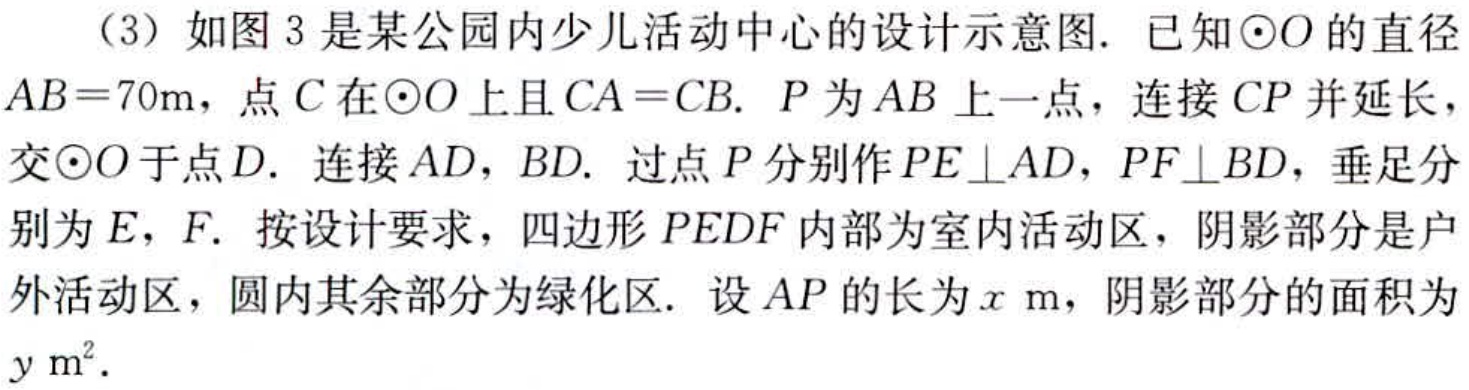
（3）如图3是某公园内少儿活动中心的设计示意图. 已知\(\odot O\)的直径\(AB = 70m\)，点\(C\)在\(\odot O\)上且\(CA = CB\). \(P\)为\(AB\)上一点，连接\(CP\)并延长，交\(\odot O\)于点\(D\). 连接\(AD\)，\(BD\). 过点\(P\)分别作\(PE\perp AD\)，\(PF\perp BD\)，垂足分别为\(E\)，\(F\). 按设计要求，四边形\(PEDF\)内部为室内活动区，阴影部分是户外活动区，圆内其余部分为绿化区. 设\(AP\)的长为\(x\ m\)，阴影部分的面积为\(y\ m^{2}\).